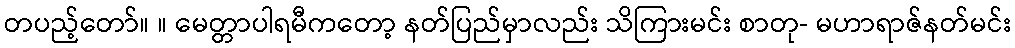
တပည့်တော်။ ။ မေတ္တာပါရမီကတော့ နတ်ပြည်မှာလည်း သိကြားမင်း စာတု- မဟာရာဇ်နတ်မင်း